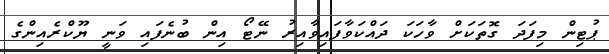
ޕުޓިން މިފަދަ ގޮތަކަށް ވާހަކަ ދައްކަވާފައިވާއިރު ނޭޓޯ އިން ބުނެފައި ވަނީ ޔޫކްރެއިންގެ